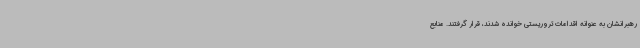
رهبرانشان به عنوانه اقدامات تروریستی خوانده شدند، قرار گرفتند. منابع